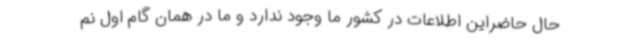
حال حاضراین اطلاعات در کشور ما وجود ندارد و ما در همان گام اول نم